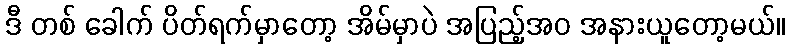
ဒီ တစ် ခေါက် ပိတ်ရက်မှာတော့ အိမ်မှာပဲ အပြည့်အဝ အနားယူတော့မယ်။